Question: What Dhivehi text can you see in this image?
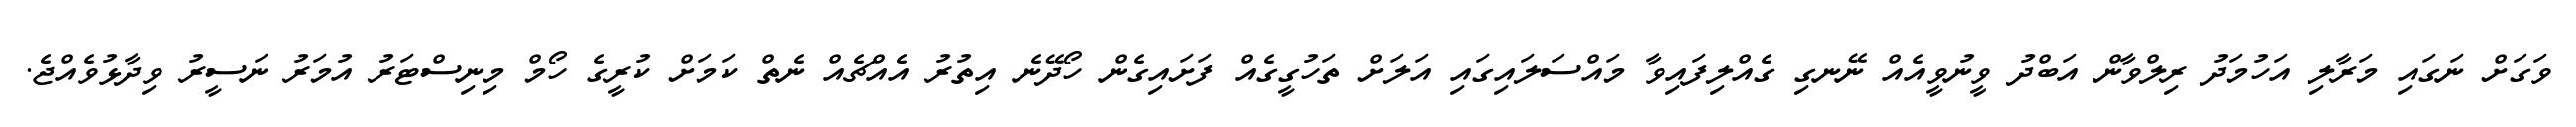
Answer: ވަގަށް ނަގައި މަރާލި އަހުމަދު ރިލްވާން އަބްދު ވީނުވީއެއް ނޭނގި ގެއްލިފައިވާ މައްސަލައިގައި އަލަށް ތަހުގީގެއް ފަށައިގެން ހޯދޭނެ އިތުރު އެއްޗެއް ނެތް ކަމަށް ކުރީގެ ހޯމް މިނިސްޓަރު އުމަރު ނަސީރު ވިދާޅުވެއްޖެ.